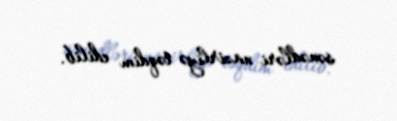
sənədləri nazirliyə təqdim edilib.